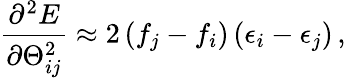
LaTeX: \frac{\partial^{2}E}{\partial\Theta_{ij}^{2}}\approx 2\left(f_{j}-f_{i}\right)\left(\epsilon_{i}-\epsilon_{j}\right)\, ,